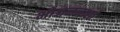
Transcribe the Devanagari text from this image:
भोजननाश्ते